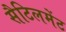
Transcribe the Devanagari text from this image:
सैटिलमेंट